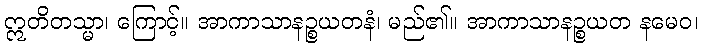
ဣတိတသ္မာ၊ ကြောင့်။ အာကာသာနဉ္စယတနံ၊ မည်၏။ အာကာသာနဉ္စယတ နမေဝ၊